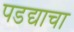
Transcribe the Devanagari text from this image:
पडद्याचा